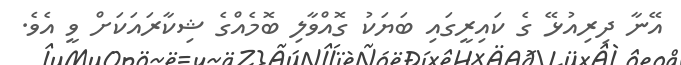
އޭނާ ދިރިއުޅޭ ގެ ކައިރީގައި ބަޔަކު ގޮއްވާލި ބޮމެއްގެ ޝިކާރައަކަށް ވީ އެވެ.